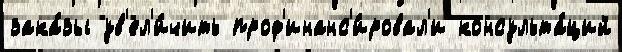
зака́зы ув'ел'и́чить проф'инанс'и́ровал'и консульта́ций